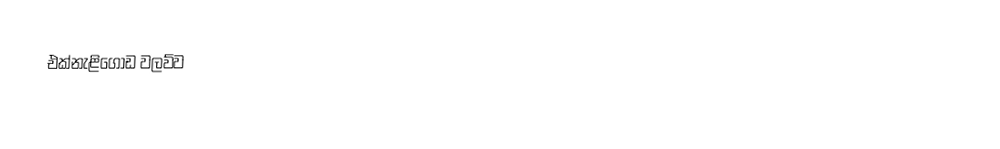
එක්නැළිගොඩ වලව්ව